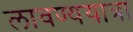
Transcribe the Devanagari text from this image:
लावण्ययात्रा